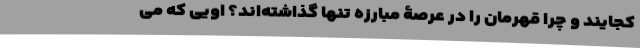
کجایند و چرا قهرمان را در عرصۀ مبارزه تنها گذاشته‌اند؟ اویی که می